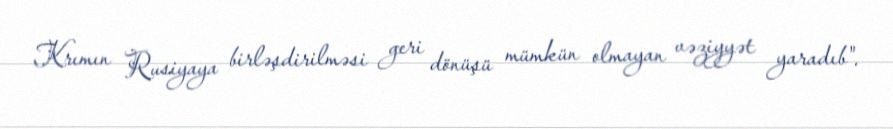
Krımın Rusiyaya birləşdirilməsi geri dönüşü mümkün olmayan vəziyyət yaradıb".